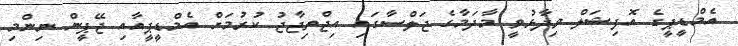
އެމްޑީޕީގެ އޮފިޝަލް ވިދާޅުވީ މާދަމާގެ ޖަލްސާގައި އިޖްތިޖާޖު ކުރުމަށް އެމްޑީޕީއާއި ޖޭޕީން ނިންމި